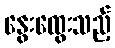
နွေးထွေးသည့်